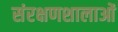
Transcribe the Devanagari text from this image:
संरक्षणशालाओं